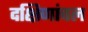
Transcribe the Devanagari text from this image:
दक्षिणांचल